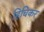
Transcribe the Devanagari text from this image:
हिचिकर